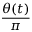
\frac { \theta ( t ) } { \pi }